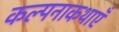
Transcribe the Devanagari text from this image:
कल्पनाकथाएँ